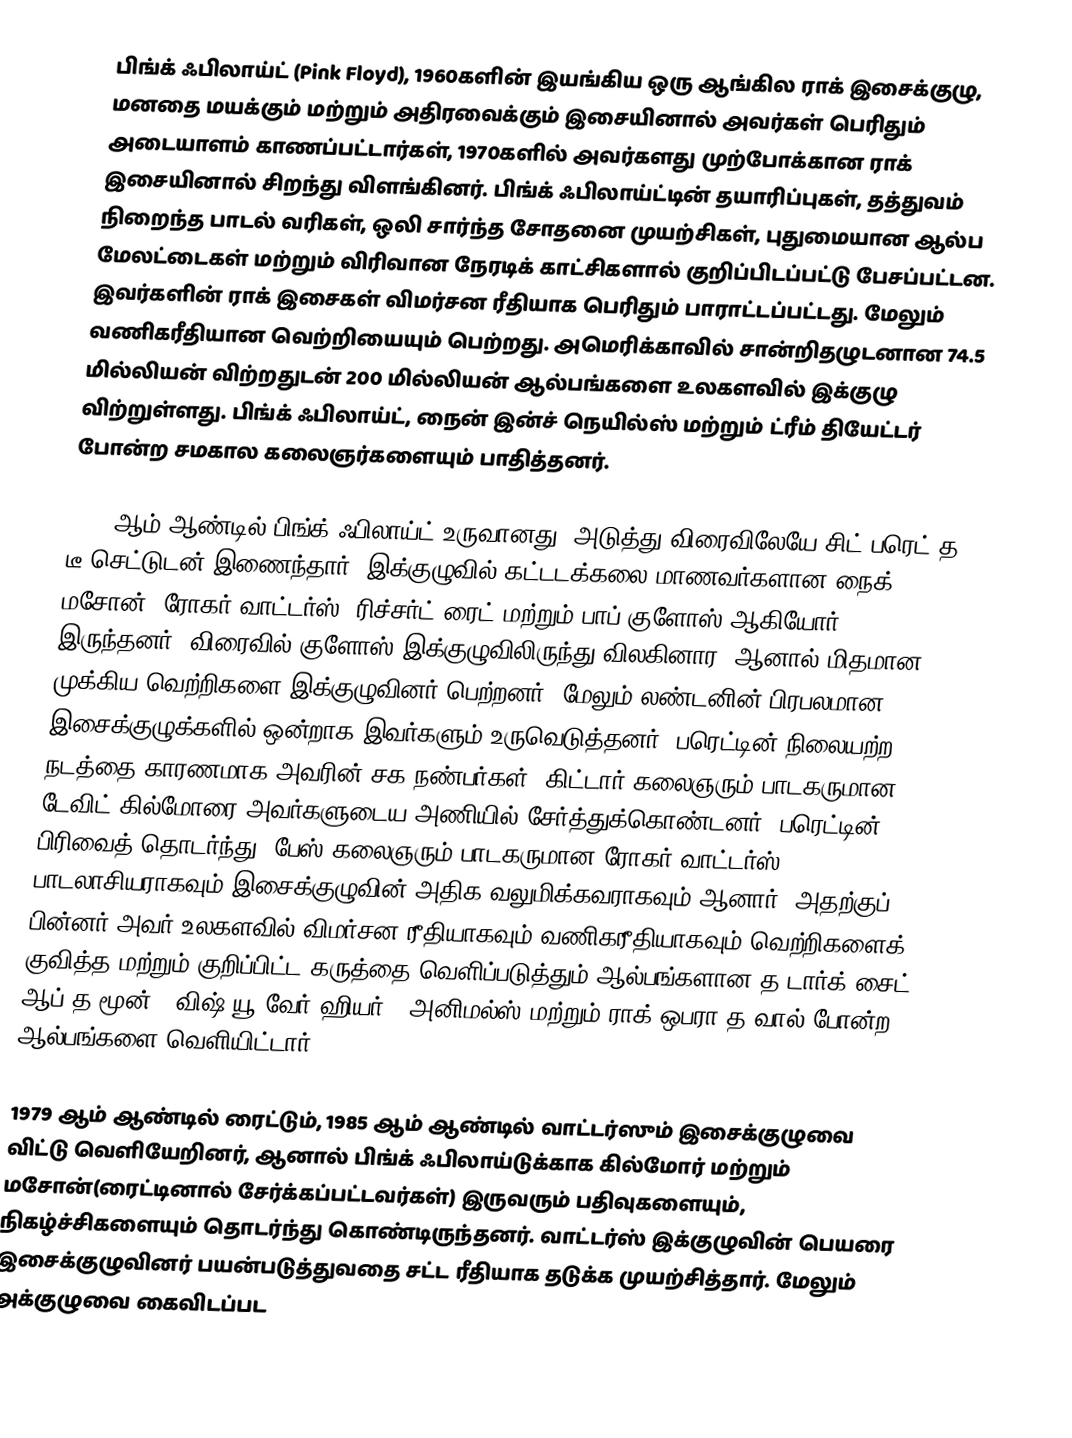
பிங்க் ஃபிலாய்ட் (Pink Floyd), 1960களின் இயங்கிய ஒரு ஆங்கில ராக் இசைக்குழு, மனதை மயக்கும் மற்றும் அதிரவைக்கும் இசையினால் அவர்கள் பெரிதும் அடையாளம் காணப்பட்டார்கள், 1970களில் அவர்களது முற்போக்கான ராக் இசையினால் சிறந்து விளங்கினர். பிங்க் ஃபிலாய்ட்டின் தயாரிப்புகள், தத்துவம் நிறைந்த பாடல் வரிகள், ஒலி சார்ந்த சோதனை முயற்சிகள், புதுமையான ஆல்ப மேலட்டைகள் மற்றும் விரிவான நேரடிக் காட்சிகளால் குறிப்பிடப்பட்டு பேசப்பட்டன. இவர்களின் ராக் இசைகள் விமர்சன ரீதியாக பெரிதும் பாராட்டப்பட்டது. மேலும் வணிகரீதியான வெற்றியையும் பெற்றது. அமெரிக்காவில் சான்றிதழுடனான 74.5 மில்லியன் விற்றதுடன் 200 மில்லியன் ஆல்பங்களை உலகளவில் இக்குழு விற்றுள்ளது. பிங்க் ஃபிலாய்ட், நைன் இன்ச் நெயில்ஸ் மற்றும் ட்ரீம் தியேட்டர் போன்ற சமகால கலைஞர்களையும் பாதித்தனர்.

1965 ஆம் ஆண்டில் பிங்க் ஃபிலாய்ட் உருவானது, அடுத்து விரைவிலேயே சிட் பரெட் த டீ செட்டுடன் இணைந்தார், இக்குழுவில் கட்டடக்கலை மாணவர்களான நைக் மசோன், ரோகர் வாட்டர்ஸ், ரிச்சர்ட் ரைட் மற்றும் பாப் குளோஸ் ஆகியோர் இருந்தனர். விரைவில் குளோஸ் இக்குழுவிலிருந்து விலகினார. ஆனால் மிதமான முக்கிய வெற்றிகளை இக்குழுவினர் பெற்றனர். மேலும் லண்டனின் பிரபலமான இசைக்குழுக்களில் ஒன்றாக இவர்களும் உருவெடுத்தனர். பரெட்டின் நிலையற்ற நடத்தை காரணமாக அவரின் சக நண்பர்கள், கிட்டார் கலைஞரும் பாடகருமான டேவிட் கில்மோரை அவர்களுடைய அணியில் சேர்த்துக்கொண்டனர். பரெட்டின் பிரிவைத் தொடர்ந்து, பேஸ் கலைஞரும் பாடகருமான ரோகர் வாட்டர்ஸ் பாடலாசியராகவும் இசைக்குழுவின் அதிக வலுமிக்கவராகவும் ஆனார். அதற்குப் பின்னர் அவர் உலகளவில் விமர்சன ரீதியாகவும் வணிகரீதியாகவும் வெற்றிகளைக் குவித்த மற்றும் குறிப்பிட்ட கருத்தை வெளிப்படுத்தும் ஆல்பங்களான த டார்க் சைட் ஆப் த மூன் , விஷ் யூ வேர் ஹியர் , அனிமல்ஸ்  மற்றும் ராக் ஒபரா த வால் போன்ற ஆல்பங்களை வெளியிட்டார்.

1979 ஆம் ஆண்டில் ரைட்டும், 1985 ஆம் ஆண்டில் வாட்டர்ஸும் இசைக்குழுவை விட்டு வெளியேறினர், ஆனால் பிங்க் ஃபிலாய்டுக்காக கில்மோர் மற்றும் மசோன்(ரைட்டினால் சேர்க்கப்பட்டவர்கள்) இருவரும் பதிவுகளையும், நிகழ்ச்சிகளையும் தொடர்ந்து கொண்டிருந்தனர். வாட்டர்ஸ் இக்குழுவின் பெயரை இசைக்குழுவினர் பயன்படுத்துவதை சட்ட ரீதியாக தடுக்க முயற்சித்தார். மேலும் அக்குழுவை கைவிடப்பட